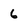
Character: 6